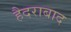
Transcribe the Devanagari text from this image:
हैदराबाद